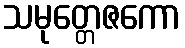
သမုတ္တေဇကော